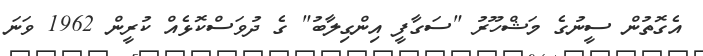
އެގޮތުން ސީނުގެ މަޝްހޫރު "ސަގާފީ އިންގިލާބު" ގެ ދުވަސްކޮޅެއް ކުރީން 1962 ވަނަ